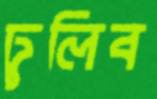
ঢুলিব